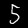
Digit: 5